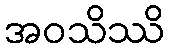
အဝသိဿိ